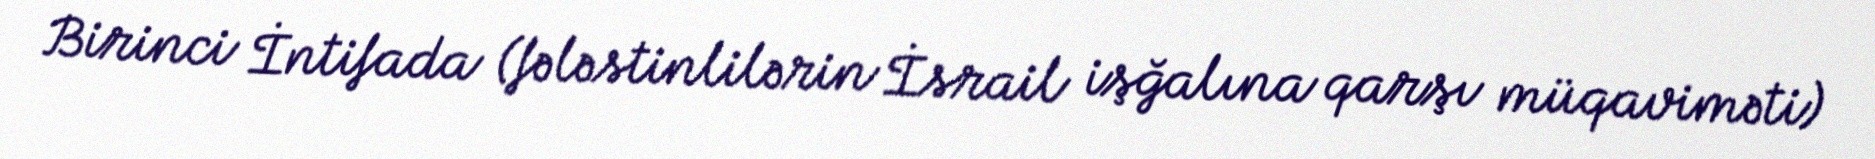
Birinci İntifada (fələstinlilərin İsrail işğalına qarşı müqaviməti)